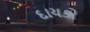
દાયકો